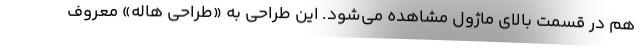
هم در قسمت بالای ماژول مشاهده می‌شود. این طراحی به «طراحی هاله» معروف